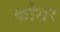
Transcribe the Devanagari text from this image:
कौयर